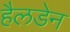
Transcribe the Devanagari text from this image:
हैलडेन